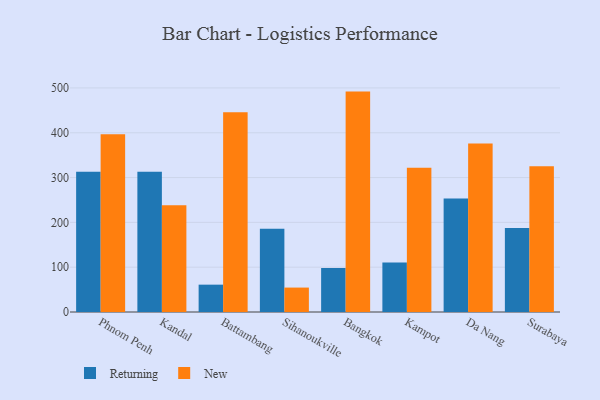
{"axis": {"x": "City", "y": "Market Share (%)"}, "legend": ["New", "Returning"], "data": [{"x": "Phnom Penh", "y": 313.0, "type": "Returning"}, {"x": "Phnom Penh", "y": 396.5, "type": "New"}, {"x": "Kandal", "y": 312.7, "type": "Returning"}, {"x": "Kandal", "y": 238.0, "type": "New"}, {"x": "Battambang", "y": 61.0, "type": "Returning"}, {"x": "Battambang", "y": 445.8, "type": "New"}, {"x": "Sihanoukville", "y": 185.6, "type": "Returning"}, {"x": "Sihanoukville", "y": 54.5, "type": "New"}, {"x": "Bangkok", "y": 98.2, "type": "Returning"}, {"x": "Bangkok", "y": 491.8, "type": "New"}, {"x": "Kampot", "y": 110.6, "type": "Returning"}, {"x": "Kampot", "y": 322.0, "type": "New"}, {"x": "Da Nang", "y": 253.0, "type": "Returning"}, {"x": "Da Nang", "y": 376.1, "type": "New"}, {"x": "Surabaya", "y": 187.5, "type": "Returning"}, {"x": "Surabaya", "y": 325.2, "type": "New"}]}